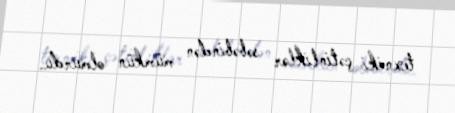
texniki çətinliklər səbəbindən mümkün olmurdu.